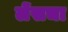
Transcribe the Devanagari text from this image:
लेंसचा